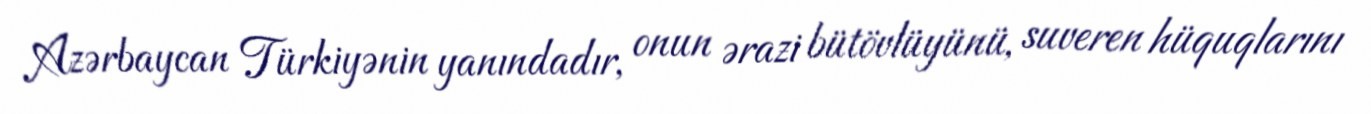
Azərbaycan Türkiyənin yanındadır, onun ərazi bütövlüyünü, suveren hüquqlarını